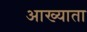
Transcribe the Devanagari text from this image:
आख्याता